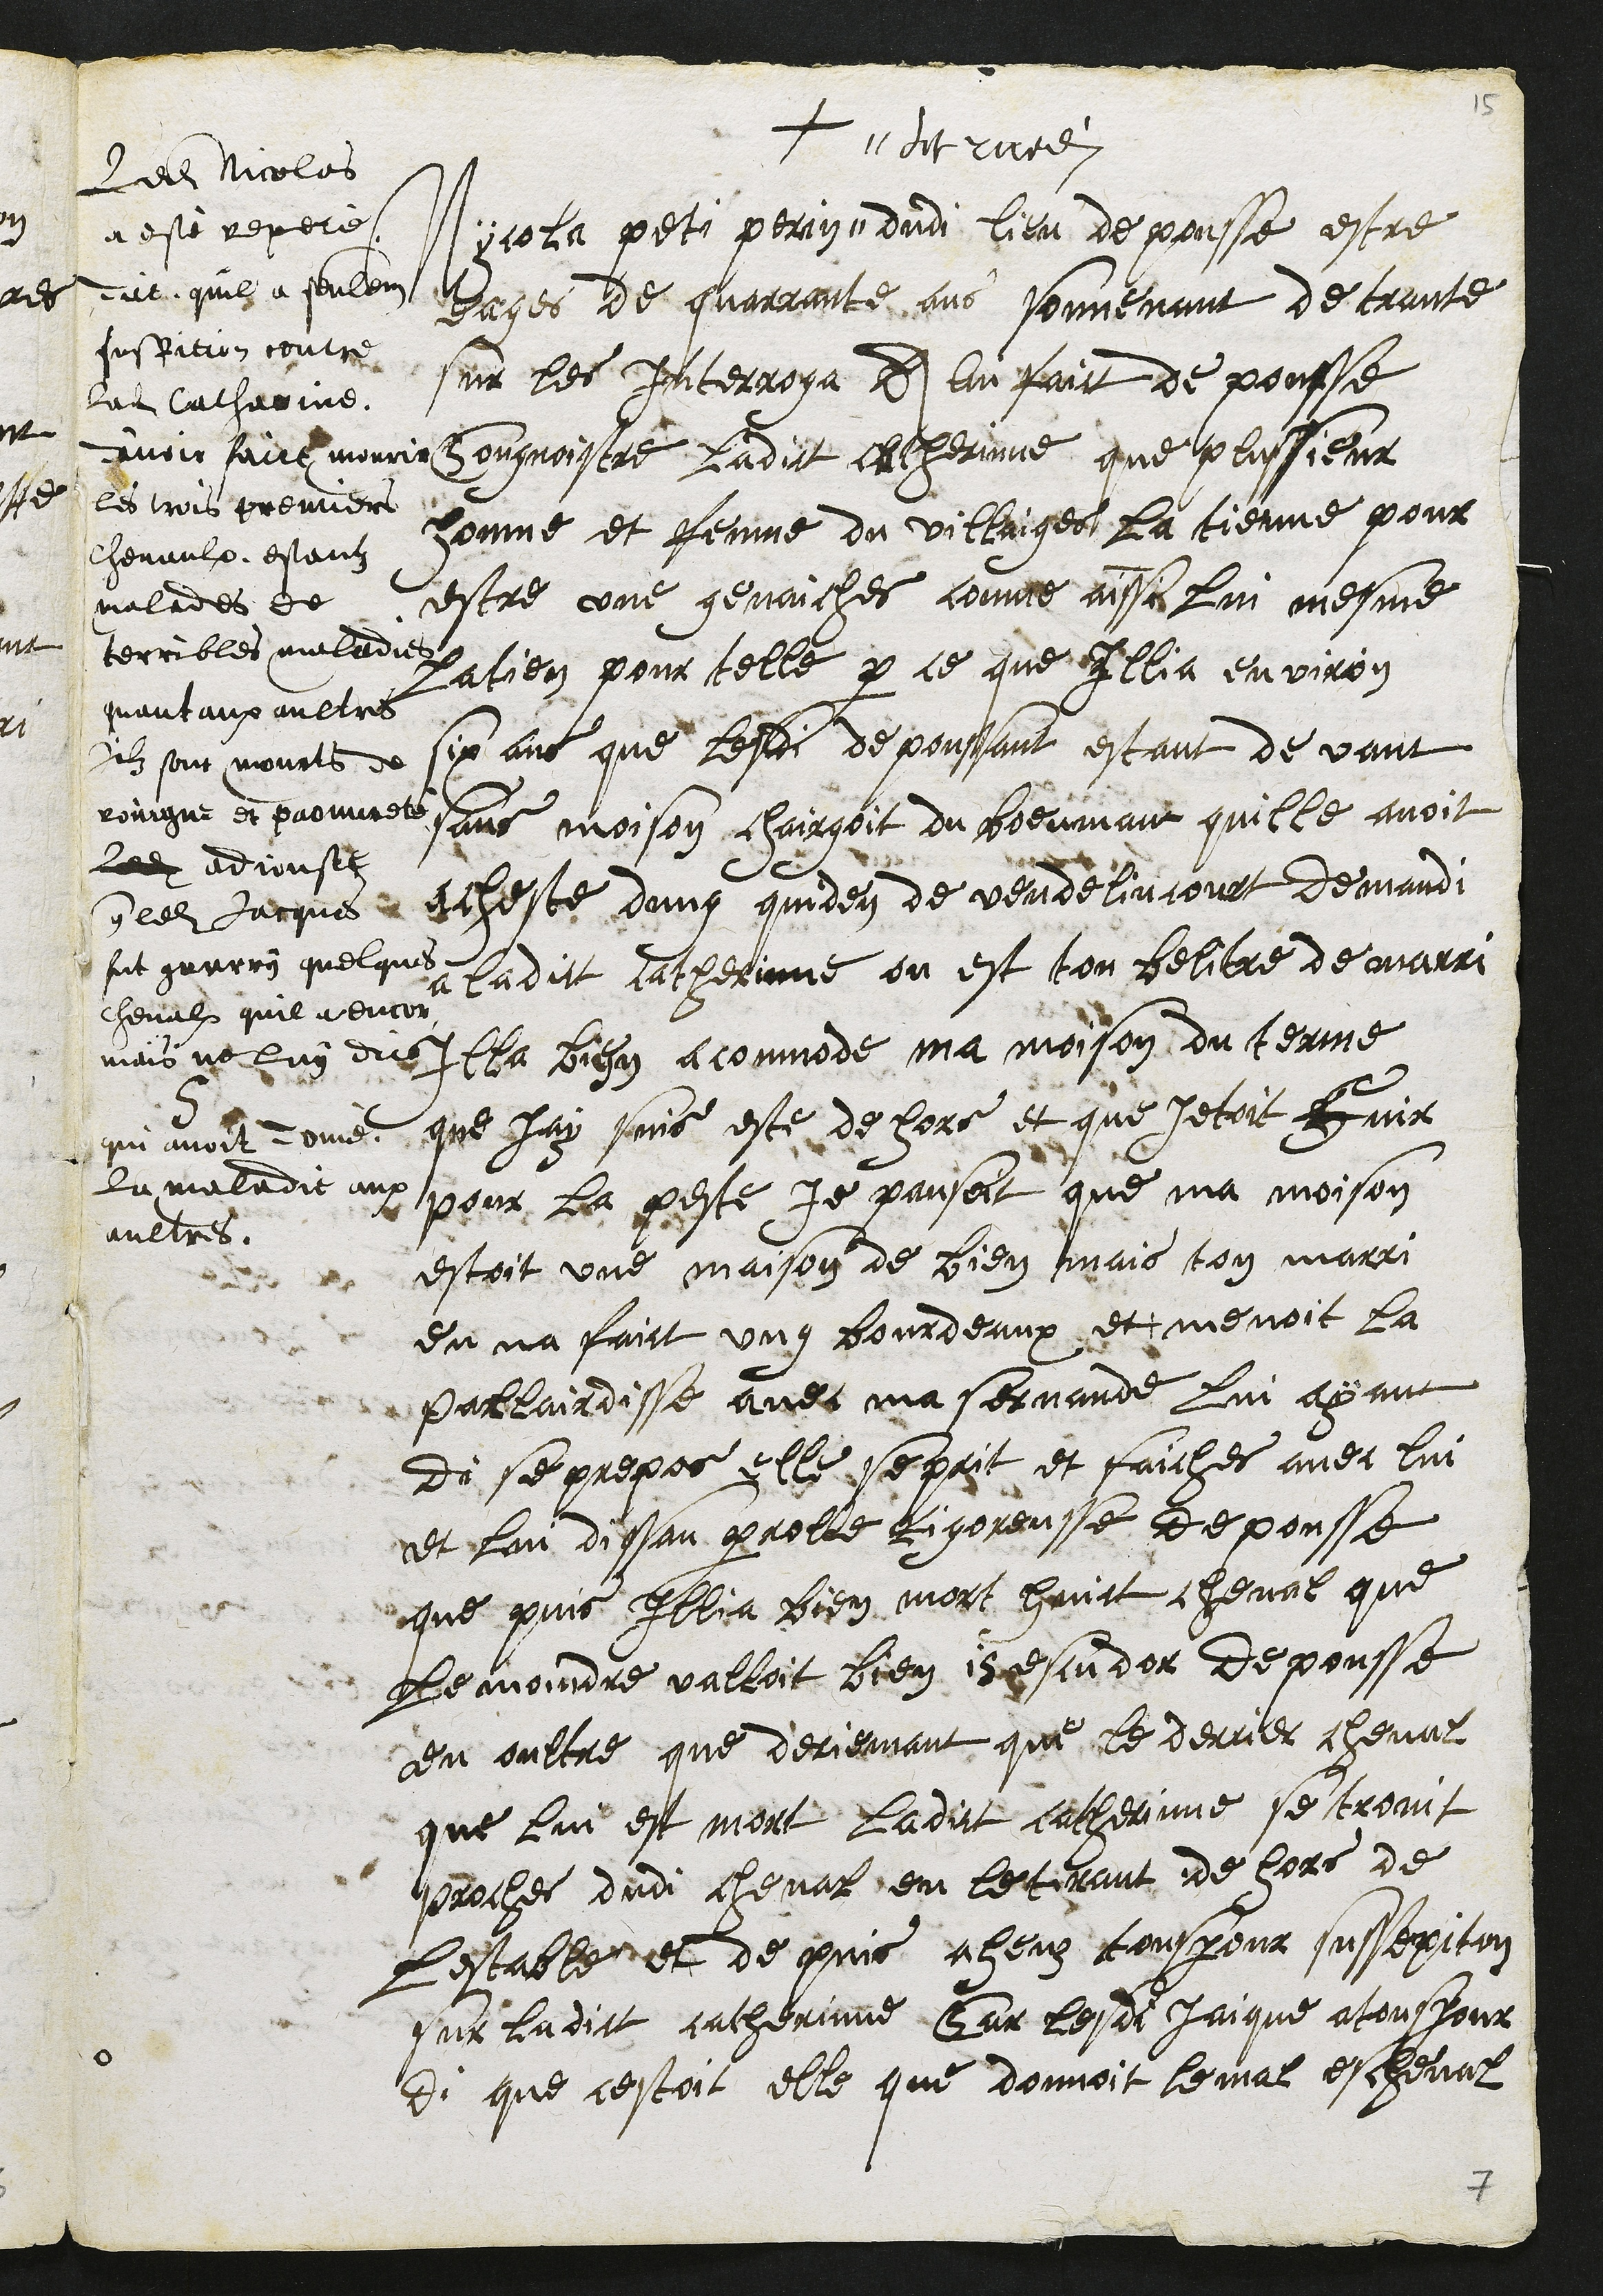
+
5
Nicola peti perrin #
# dit ruedi
dudi lieu de pousse estre
eages de quarrante ans souvenant de trante
sur les Interroga A lui faict de pousse
Congnoistre ladict Catherinne que plussieur
homme et femme du villaiges la tienne pour
estre une genaiches comme ainssi lui mesme
Latien pour telle par ce que Illia environ
six ans que lesdi depoussant estant de vant
sans moison chargoit du Boeumant quille avoit
acheste dung quiden de vendelincourt demandi
a ladict catherinne ou est ton belitre de marri
Illa bien acommode ma moison, du terme
que Jay suis este de hors et que jetoit Fuir
pour la peste je pansoit que ma moison
estoit une maison de bien, mais ton marri
en na faict ung bourdeaux et menoit la
Pallairdisse avec ma servande lui ayant
di se prepos elle se prit et faiches avec lui
et lui dissan parolle rigoreusse depousse
que puis Illia bien mort huict cheval que
Le moindre valloit bien 15 escu dor depousse
en oultre que d'eriemant que le derrier cheval
que lui est mort ladict Catherinne se trovit
proches dudi cheval en letirant de hors de
lestable et de puis a heuz tousjour sussepition
sur ladict catherinne Car lesdi Jaicque a tousjour
di que cestoit elle que donnoit le mal es cheval
Ledit Nicolas
a esté repeté
Dit quil a seulement
suspition contre
ladite Catherine,
d'avoir faire mourir
les trois premiers
chevaulx estantz
malades de
terribles maladies
quant aux aultres
ilz sont mourts de
roingne et paouvreté
ledit adjouste
que ledit Jacques
fut guerry quelques
chevalx quil a encor
mais ne luy dict
qui avoit donné
La maladie aux
aultres.

7